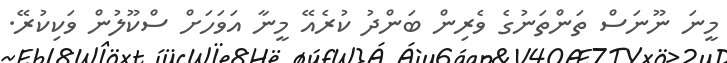
މީނަ ނޫނަސް ތަންތަނުގެ ވެރިން ބަންދު ކުރެއޭ މީނާ އަވަހަށް ސްކޫލުން ވަކިކުރޭ.